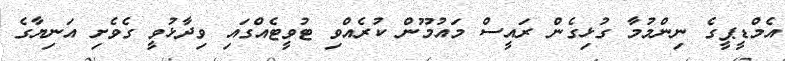
އެމްޑީޕީގެ ނިންމުމާ ގުޅިގެން ރައީސް މައުމޫން ކުރެއްވި ޓުވީޓެއްގައި ވިދާޅުވީ ގެވެށި އަނިޔާގެ